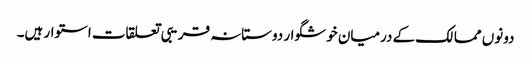
دونوں ممالک کے درمیان خوشگوار دوستانہ قریبی تعلقات استوار ہیں۔